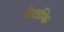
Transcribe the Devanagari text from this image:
लेखकि